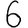
Digit: 6